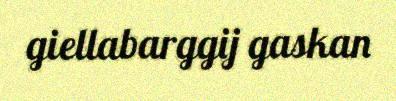
giellabarggij gaskan